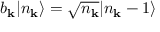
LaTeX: b _ { \mathbf { k } } | n _ { \mathbf { k } } \rangle = { \sqrt { n _ { \mathbf { k } } } } | n _ { \mathbf { k } } - 1 \rangle